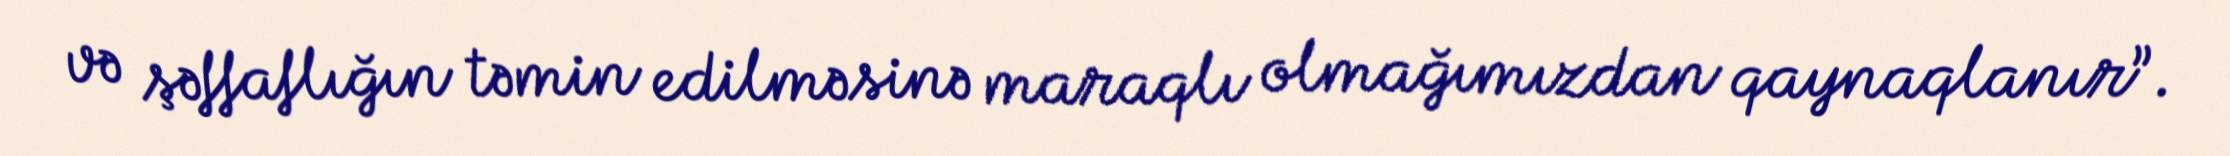
və şəffaflığın təmin edilməsinə maraqlı olmağımızdan qaynaqlanır”.